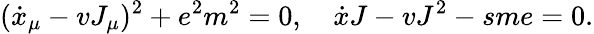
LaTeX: (\dot{x}_{\mu}-vJ_{\mu})^{2}+e^{2}m^{2}=0,\quad\dot{x}J-vJ^{2}-sme=0.